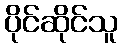
ပိုင်ဆိုင်သူ